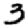
Digit: 3